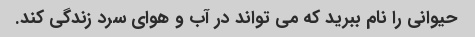
حیوانی را نام ببرید که می تواند در آب و هوای سرد زندگی کند.